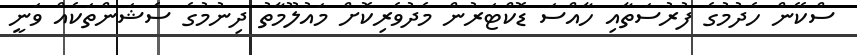
ސްކޭން ހެދުމުގެ ފުރުސަތާއި ހާއްސަ ޑޮކްޓަރުން މެދުވެރިކޮށް މައުލޫމާތު ދިނުމުގެ ސެޝަންތަކެއް ވަނީ